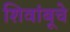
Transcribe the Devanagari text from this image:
शिवांबूचे